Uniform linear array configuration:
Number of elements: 64
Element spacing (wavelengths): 0.75
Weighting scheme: binomial
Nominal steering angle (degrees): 45
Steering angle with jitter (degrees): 44.185
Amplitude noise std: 0.05
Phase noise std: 0.05

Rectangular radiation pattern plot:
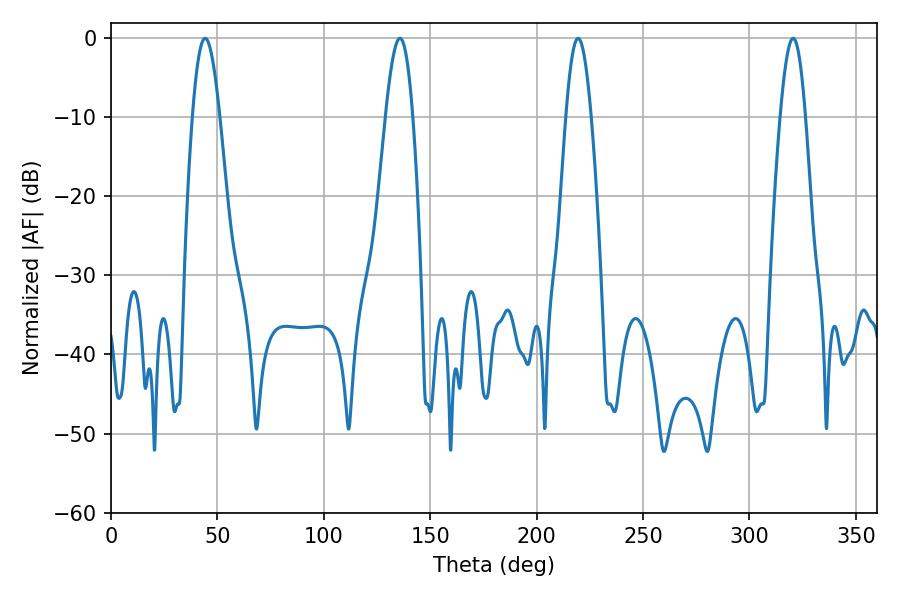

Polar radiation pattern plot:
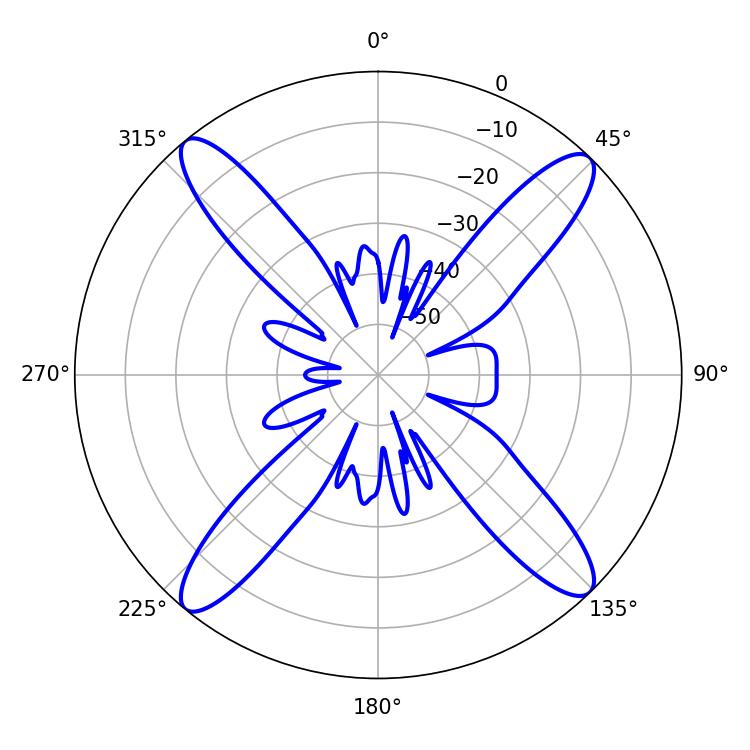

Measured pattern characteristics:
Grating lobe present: TRUE
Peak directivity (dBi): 18.273
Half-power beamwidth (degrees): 7.02
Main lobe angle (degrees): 44.28